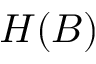
H ( B )